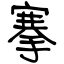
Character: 搴